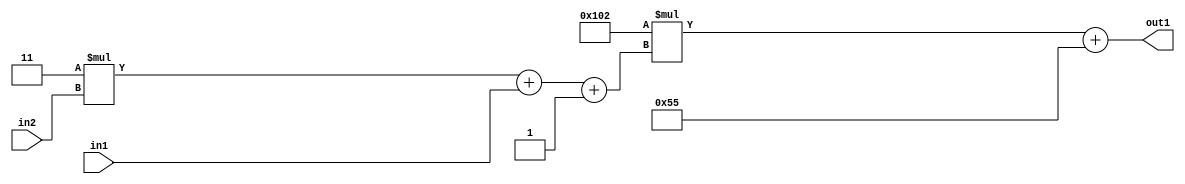
`timescale 1ps / 1ps
/*****************************************************************************
    Verilog RTL Description
    
    
    Created by: Stratus DpOpt 2019.1.01 
*******************************************************************************/

module DC_Filter_Add2i85Mul2i258Add3i1u1Mul2i3u2_1 (
	in2,
	in1,
	out1
	); /* architecture "behavioural" */ 
input [1:0] in2;
input  in1;
output [11:0] out1;
wire [11:0] asc001;
wire [3:0] asc002;

wire [3:0] asc002_tmp_0;
wire [3:0] asc002_tmp_1;
assign asc002_tmp_1 = 
	+(4'B0011 * in2);
assign asc002_tmp_0 = asc002_tmp_1
	+(in1);
assign asc002 = asc002_tmp_0
	+(4'B0001);

wire [11:0] asc001_tmp_2;
assign asc001_tmp_2 = 
	+(12'B000100000010 * asc002);
assign asc001 = asc001_tmp_2
	+(12'B000001010101);

assign out1 = asc001;
endmodule

/* CADENCE  vrP3Sg0= : u9/ySgnWtBlWxVPRXgAZ4Og= ** DO NOT EDIT THIS LINE ******/